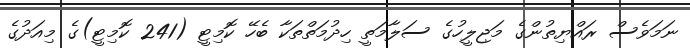
ނަމަވެސް ރައްޔިތުންގެ މަޖިލީހުގެ ސަލާމަތީ ހިދުމަތްތަކާ ބެހޭ ކޮމިޓީ (241 ކޮމިޓީ)ގެ މިއަދުގެ